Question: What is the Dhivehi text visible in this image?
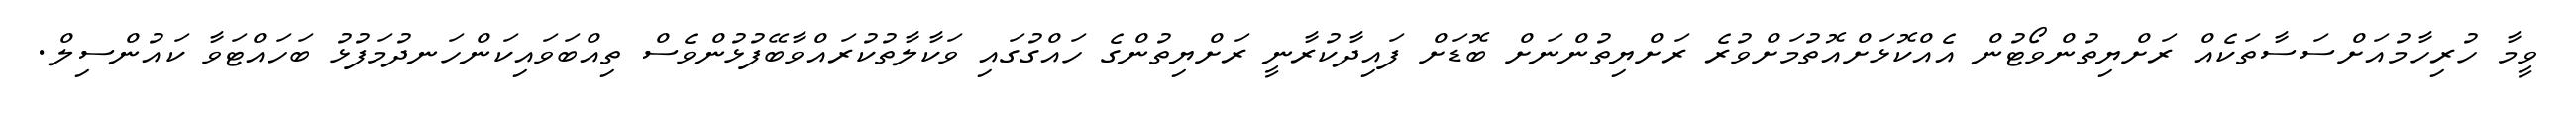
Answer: ވީމާ ހުރިހާމުއަށްސަސާތަކެއް ރަށްޔިތުންވޯޓުން އެއްކޮޅަށްއޮތުމަށްވުރެ ރަށްޔިތުންނަށް ބޮޑަށް ފައިދާކުރާނީ ރަށްޔިތުންގެ ހައްގުގައި ވަކާލާތުކުރައްވާބޭފުޅުންވެސް ތިއްބަވައިކަންހަނދުމަފުޅު ބަހައްޓަވާ ކައުންސިލް.